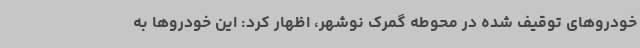
خودروهای توقیف شده در محوطه گمرک نوشهر، اظهار کرد: این خودروها به